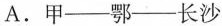
A.甲——鄂——长沙